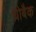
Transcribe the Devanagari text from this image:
थ्रोबैक